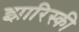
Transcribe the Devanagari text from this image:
झारिस्की